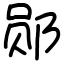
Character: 郧